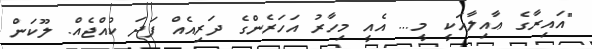
"އައިރާގެ ޢާއިލާއަކީ މީ... އެއީ މިހާރު އަހަރެންގެ ދަރިއެއް ފަދަ ކުއްޖެއް. ލޫކަން